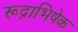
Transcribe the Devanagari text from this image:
रूद्राभिषेक